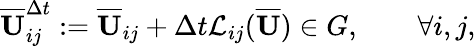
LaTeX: \overline{{\mathbf{U}}}_{ij}^{\Delta t}:=\overline{{\mathbf{U}}}_{ij}+\Delta t\mathcal{L}_{ij}(\overline{{\mathbf{U}}})\in G,\qquad\forall i,j,